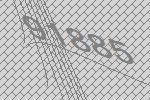
91885